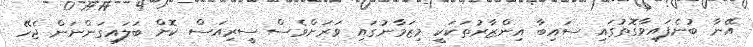
އޭނާ ބުނެފައިވާގޮތުގައި ސައިބާ އިންޒާރުތަކަކީ މިޒަމާނުގައި ވަަރަށްވެސް ސީރިއަސް ކޮށް ބަލައިގަންނަން ޖެހޭ